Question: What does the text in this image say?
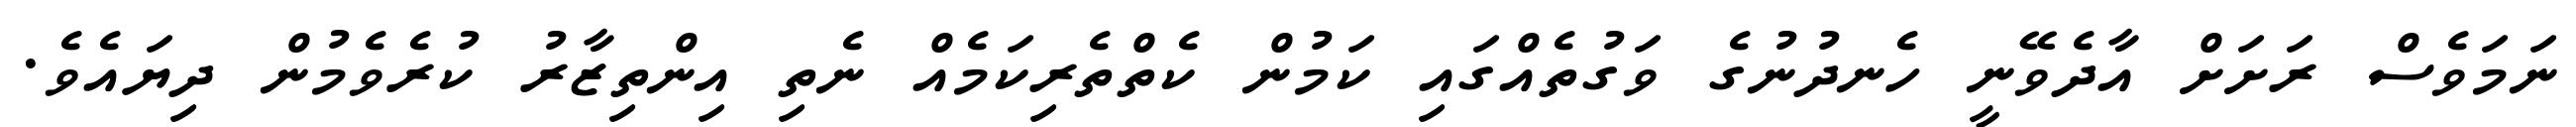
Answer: ނަމަވެސް ރަށަށް އާދެވޭނީ ހެނދުނުގެ ވަގުތެއްގައި ކަމުން ކެތްތެރިކަމެއް ނެތި އިންތިޒާރު ކުރެވެމުން ދިޔައެވެ.